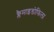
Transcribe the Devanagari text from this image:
क्लैमाइडोफिला